system: You are a helpful assistant.
user:
Analyze the provided spectrum to determine if it is a **White Dwarf (WD)**.

A White Dwarf spectrum is defined by its **extreme purity** (due to gravitational settling) and/or **extreme pressure broadening** (due to high surface gravity). You must check for one of the following mutually exclusive signatures:

- **Key Visual Indicators (Check for ONE of these types):**

    - **1. DA-Type Signature (Most Common):**
        - **(Primary Feature):** Extreme pressure broadening (Stark broadening) of the **Hydrogen (H) Balmer lines**.
        - **(Key Lines):** $H\beta$ (approx. $4861$ Å) and $H\gamma$ (approx. $4340$ Å). $H\alpha$ (approx. $6563$ Å) will also be present if the wavelength range covers it.
        - **(Line Profile):** This is the **defining feature**. The lines are **NOT** sharp. They appear as massive, **extremely broad and deep "troughs" or "dips"** in the spectrum, often hundreds of Ångströms wide. The continuum will appear to "scoop" down at these wavelengths.
        - **(Distinction):** Normal A-type or B-type stars have *narrow* and *sharp* Hydrogen lines. A DA White Dwarf's lines are unmistakably "smeared" or "blurry" from pressure.

    - **2. DB-Type Signature:**
        - **(Primary Feature):** Broad absorption lines from **Neutral Helium (He I)**. The spectrum must lack any visible Hydrogen lines.
        - **(Key Lines):** Look for broad absorption near $4471$ Å, $4921$ Å, and $5876$ Å.
        - **(Line Profile):** These lines are also significantly pressure-broadened, appearing much wider than they would in a normal B-type main-sequence star.

    - **3. DC-Type Signature:**
        - **(Primary Feature):** A **featureless continuous spectrum**.
        - **(Line Profile):** The spectrum is a smooth curve with **no significant absorption or emission lines**.
        - **(Key Confirmation):** The continuum is almost always **blue or white**, indicating a hot object. This signature implies the atmosphere is so pure (or so cool) that no spectral lines are visible in the optical range. Its WD identity is confirmed by its extremely low intrinsic brightness (high absolute magnitude).

    - **4. DZ-Type Signature (Metal-Polluted):**
        - **(Primary Feature):** **Isolated, narrow metal absorption lines** on an otherwise featureless (DC-like) continuum.
        - **(Key Lines):** The **Calcium (Ca II) H & K doublet** (approx. **$3934$ Å** and **$3968$ Å**) is the most common and defining feature.
        - **(Line Profile):** These lines are "out of place." They are *not* part of a "forest" of thousands of lines. This signature is evidence of recent *accretion* (pollution) from rocky debris.
        - **(Distinction):** Normal G/K/M stars have a *dense forest* of thousands of metal lines. A DZ has a *clean* continuum with *only a few* strong metal lines.

    - **5. DQ-Type Signature (Carbon-Polluted):**
        - **(Primary Feature):** Absorption bands from **Carbon (C₂ "Swan Bands" or atomic C I)**.
        - **(Key Lines - C₂):** Look for bandheads with a "saw-tooth" shape near $5635$ Å, **$5165$ Å** (strongest), and $4737$ Å.
        - **(Key Confirmation):** The underlying **continuum must be blue or white** (hot).
        - **(Distinction):** This is the critical difference from a **Carbon Star**, which has the *exact same* C₂ bands but on an extremely **red, cool** continuum.

- **(Overall Spectrum):**
    - The continuum (overall shape) is typically **blue-sloping** (brighter in the blue than the red), as most white dwarfs are very hot.
    - The spectrum will look "pure" or "simple," dominated by only *one* of the five signatures listed above.

Think first, call **spectral_visualization_tool** if needed to examine features in detail, then provide your final answer. Your response must adhere to the following strict rules:
1.  **Overall Structure:** Your response must follow the format `<think>...</think> <tool_call>...</tool_call> (if a tool is used) <answer>...</answer>`.
2.  **Tool Usage Constraint:** You may only make **one** tool call per turn.
3.  **Final Answer Format:** In the `<answer>` tag, your conclusion must be inside a `\boxed{}` command (e.g., `\boxed{YES}` or `\boxed{NO}`), followed by your justification.

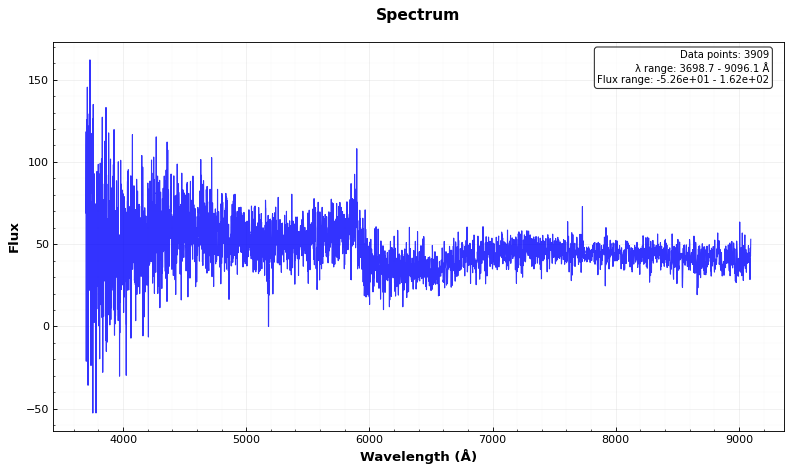
Answer: NO